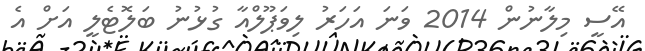
އޭސީ މިލާނުން 2014 ވަނަ އަހަރު ލިވަޕޫލްއާ ގުޅުނު ބަލޮޓެލީ އަށް އެ